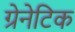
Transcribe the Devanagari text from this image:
ग्रेनेटिक